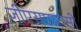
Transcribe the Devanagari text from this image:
जीएसएफ़सी